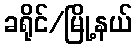
ခရိုင်/မြို့နယ်